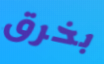
بخرق